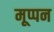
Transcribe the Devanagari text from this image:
मूप्पन